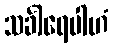
သင်္ခါရေပါဟံ